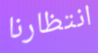
انتظارنا